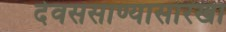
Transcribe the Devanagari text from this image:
देवससाण्यासारखा